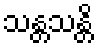
သန္တသန္တိ